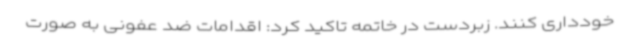
خودداری کنند. زبردست در خاتمه تاکید کرد: اقدامات ضد عفونی به صورت